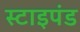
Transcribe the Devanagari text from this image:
स्टाइपंड